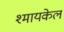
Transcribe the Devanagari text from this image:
श्मायकेल